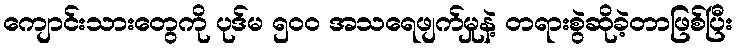
ကျောင်းသားတွေကို ပုဒ်မ ၅ဝဝ အသရေဖျက်မှုနဲ့ တရားစွဲဆိုခဲ့တာဖြစ်ပြီး